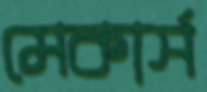
মেকার্স